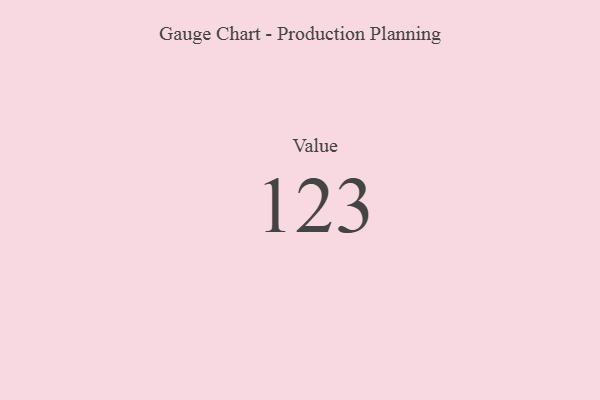
{"axis": {"x": "Metric", "y": "Value"}, "legend": [""], "data": [{"x": "Value", "y": 123, "type": ""}]}